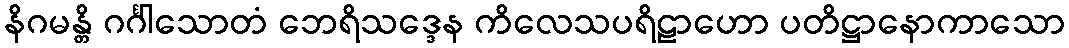
နိဂမန္တိ ဂင်္ဂါသောတံ ဘေရိသဒ္ဒေန ကိလေသပရိဠာဟော ပတိဋ္ဌာနောကာသော